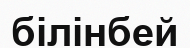
білінбей